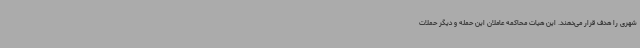
شهری را هدف قرار می‌دهند. این هیات محاکمه عاملان این حمله و دیگر حملات